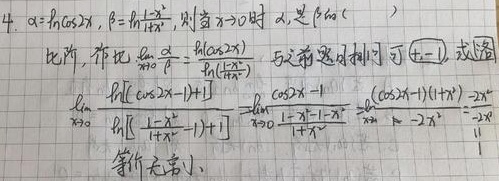
已知\(\alpha = f[\cos 2x]\)，\(\beta = f[\frac{1 - x^{2}}{1 + x^{2}}]\)，则当\(x \to 0\)时，判断\(\alpha\)是\(\beta\)的什么比阶，作比\(\lim\limits_{x \to 0}\frac{\alpha}{\beta}=\frac{f(\cos 2x)}{f(\frac{1 - x^{2}}{1 + x^{2}})}\) ，与之前题目相同。习4 - 11. 或添
\(\lim\limits_{x \to 0}\frac{f[(\cos 2x - 1)+1]}{f[(\frac{1 - x^{2}}{1 + x^{2}} - 1)+1]}=\lim\limits_{x \to 0}\frac{\cos 2x - 1}{\frac{1 - x^{2}}{1 + x^{2}} - 1}=\lim\limits_{x \to 0}\frac{(\cos 2x - 1)(1 + x^{2})}{1 - x^{2}-1 - x^{2}}=\lim\limits_{x \to 0}\frac{- 2x^{2}}{- 2x^{2}} = 1\)，为等价无穷小。